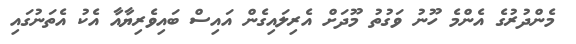
މެންދުރުގެ އެންމެ ހޫނު ވަގުތު މޫދަށް އެރިލައިގެން އައިސް ބައިވެރިޔާއާ އެކު އެތަނުގައި